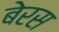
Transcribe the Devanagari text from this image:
बेरस